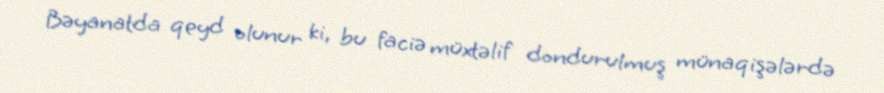
Bəyanatda qeyd olunur ki, bu faciə müxtəlif dondurulmuş münaqişələrdə